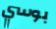
بوسي